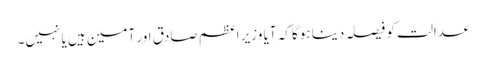
عدالت کو فیصلہ دینا ہوگا کہ آیا وزیر اعظم صادق اور آمین ہیں یا نہیں۔